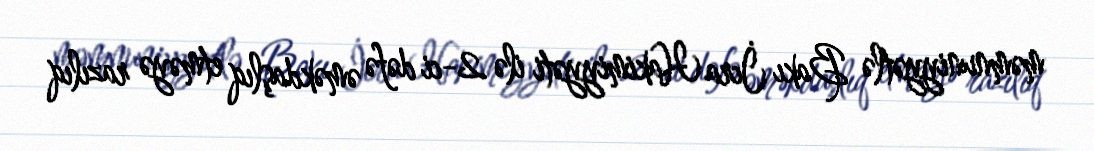
məmnuniyyətlə Bakı İcra Hakimiyyəti ilə 2-ci dəfə əməkdaşlıq etməyə razılıq